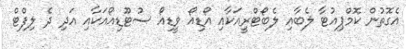
އެގޮތުން ކޮމްޕިއުޓާ ލެބާއި ލެބޯޓްރީއަކާއި އޯޑިއޯ ވީޑިއޯ ސުޓޫޑިއޯއަކާއި އަދި ދެ ލިފްޓް